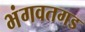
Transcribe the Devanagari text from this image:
भंगवतगड